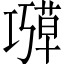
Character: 𫶱